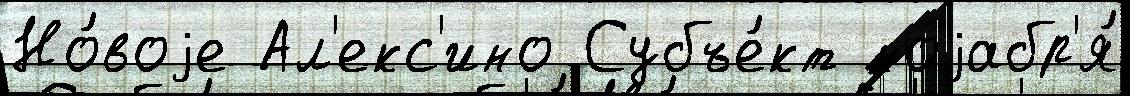
Но́воjе Ал'екс'ино Субъе́кт ноjабр'я́